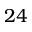
2 4